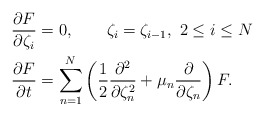
\begin{align*}\frac{\partial F}{\partial\zeta_i}&=0,\qquad \zeta_i=\zeta_{i-1},\ 2\leq i\leq N\\\frac{\partial F}{\partial{t}}&=\sum_{n=1}^N\left(\frac{1}{2}\frac{\partial^2}{\partial\zeta_n^2}+\mu_n\frac{\partial }{\partial\zeta_n}\right)F.\end{align*}